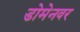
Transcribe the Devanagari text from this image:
डोमेनवर